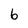
Character: 6